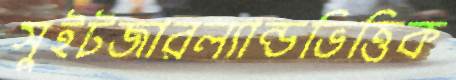
সুইটজারল্যান্ডভিত্তিক